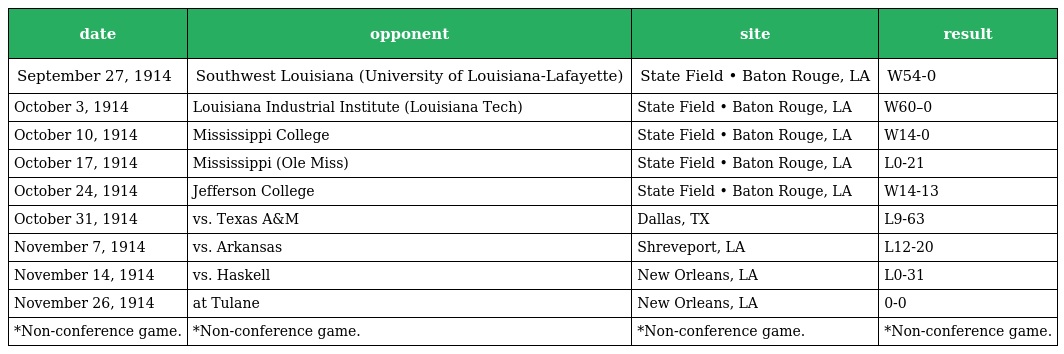
| date | opponent | site | result |
 | --- | --- | --- | --- |
 | September 27, 1914 | Southwest Louisiana (University of Louisiana-Lafayette) | State Field • Baton Rouge, LA | W54-0 |
 | October 3, 1914 | Louisiana Industrial Institute (Louisiana Tech) | State Field • Baton Rouge, LA | W60–0 |
 | October 10, 1914 | Mississippi College | State Field • Baton Rouge, LA | W14-0 |
 | October 17, 1914 | Mississippi (Ole Miss) | State Field • Baton Rouge, LA | L0-21 |
 | October 24, 1914 | Jefferson College | State Field • Baton Rouge, LA | W14-13 |
 | October 31, 1914 | vs. Texas A&M | Dallas, TX | L9-63 |
 | November 7, 1914 | vs. Arkansas | Shreveport, LA | L12-20 |
 | November 14, 1914 | vs. Haskell | New Orleans, LA | L0-31 |
 | November 26, 1914 | at Tulane | New Orleans, LA | 0-0 |
 | *Non-conference game. | *Non-conference game. | *Non-conference game. | *Non-conference game. |